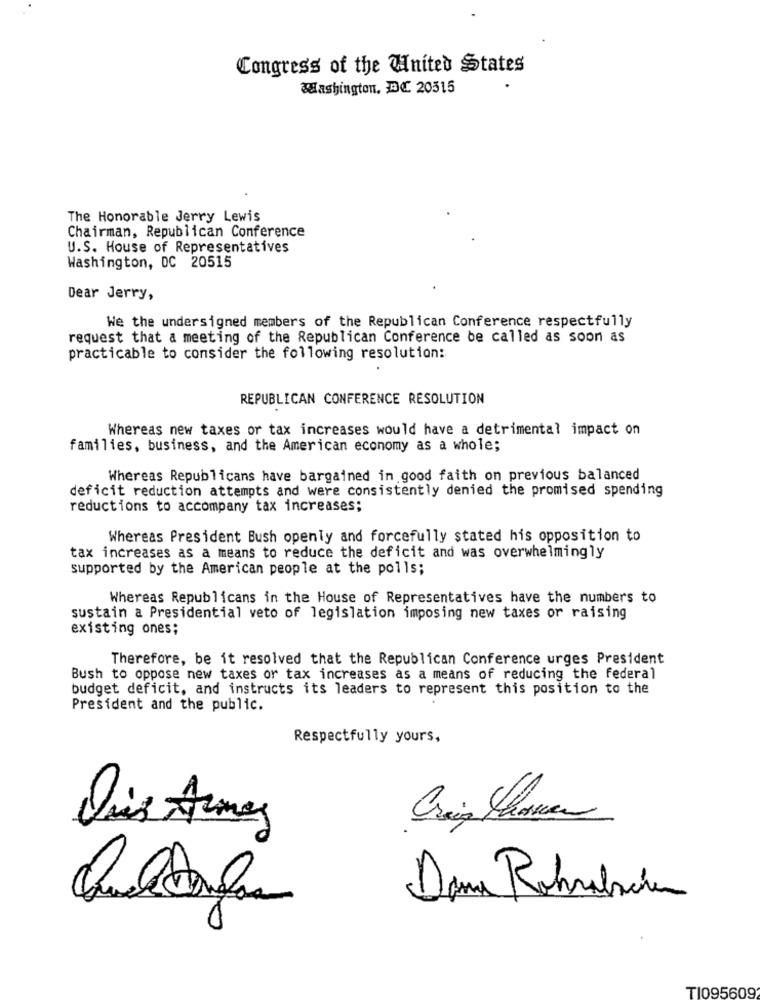
Congress of the United States
Washington, DC 20515
The Honorable Jerry Lewis
Chairman, Republican Conference
U.S. House of Representatives
Washington, DC 20515
Dear Jerry,
We the undersigned members of the Republican Conference respectfully
request that a meeting of the Republican Conference be called as soon as
practicable to consider the following resolution:
REPUBLICAN CONFERENCE RESOLUTION
Whereas new taxes or tax increases would have a detrimental impact on
families, business, and the American economy as a whole;
Whereas Republicans have bargained in good faith on previous balanced
deficit reduction attempts and were consistently denied the promised spending
reductions to accompany tax increases;
Whereas President Bush openly and forcefully stated his opposition to
tax increases as a means to reduce the deficit and was overwhelmingly
supported by the American people at the polls;
Whereas Republicans in the House of Representatives have the numbers to
sustain a Presidential veto of legislation imposing new taxes or raising
existing ones;
Therefore, be it resolved that the Republican Conference urges President
Bush to oppose new taxes or tax increases as a means of reducing the federal
budget deficit, and instructs its leaders to represent this position to the
President and the public.
Respectfully yours,
Dana Rohralicia
T1095609